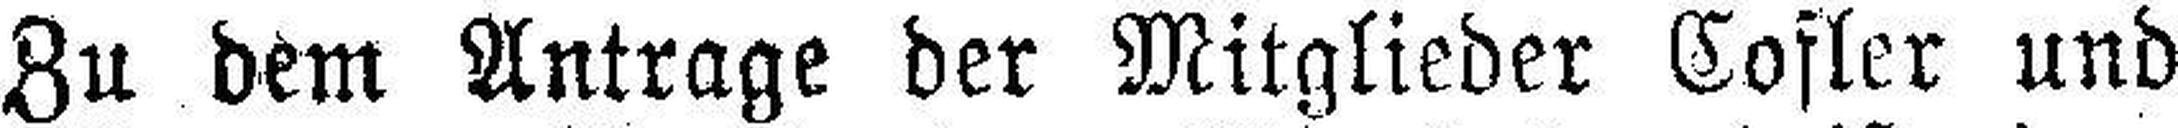
Zu dem Antrage der Mitglieder Cofler und